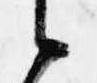
候